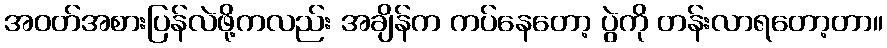
အဝတ်အစားပြန်လဲဖို့ကလည်း အချိန်က ကပ်နေတော့ ပွဲကို တန်းလာရတော့တာ။